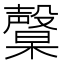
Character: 𣫙